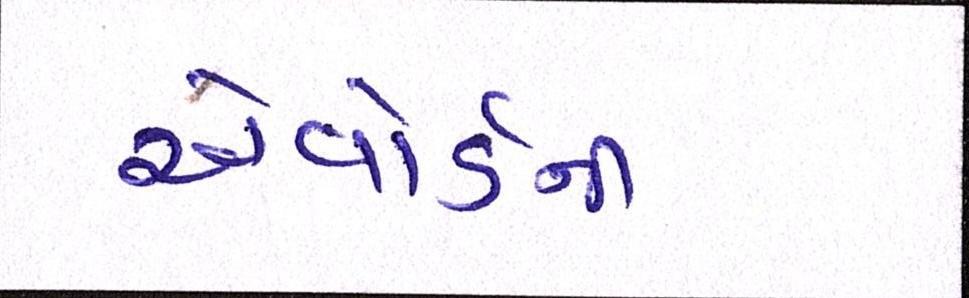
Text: એવોર્ડની